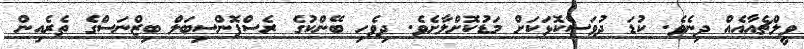
ވީލްޗެއާއެއް ދިނެވެ. ކުޑަ ދުވަސްކޮޅަކަށް މަޑުކޮށްލާށެވެ. ދިވެހި ބޭންކުގެ ރެސްޕޮންސިބަލް ބިޒްނަސްގެ ތެރެއިން